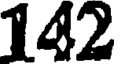
142